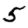
Digit: 5